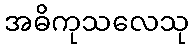
အဓိကုသလေသု